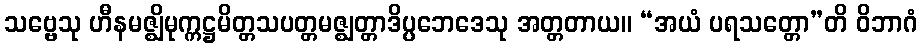
သဗ္ဗေသု ဟီနမဇ္ဈိမုက္ကဋ္ဌမိတ္တသပတ္တမဇ္ဈတ္တာဒိပ္ပဘေဒေသု အတ္တတာယ။ “အယံ ပရသတ္တော”တိ ဝိဘာဂံ